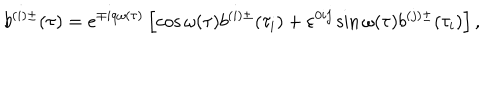
b ^ { ( i ) \pm } ( \tau ) = e ^ { \mp i q \omega ( \tau ) } \left[ \cos \omega ( \tau ) b ^ { ( i ) \pm } ( \tau _ { i } ) + \varepsilon ^ { 0 i j } \sin \omega ( \tau ) b ^ { ( j ) \pm } ( \tau _ { i } ) \right] ,